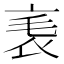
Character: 𧘝